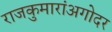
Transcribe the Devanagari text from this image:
राजकुमारांअगोदर